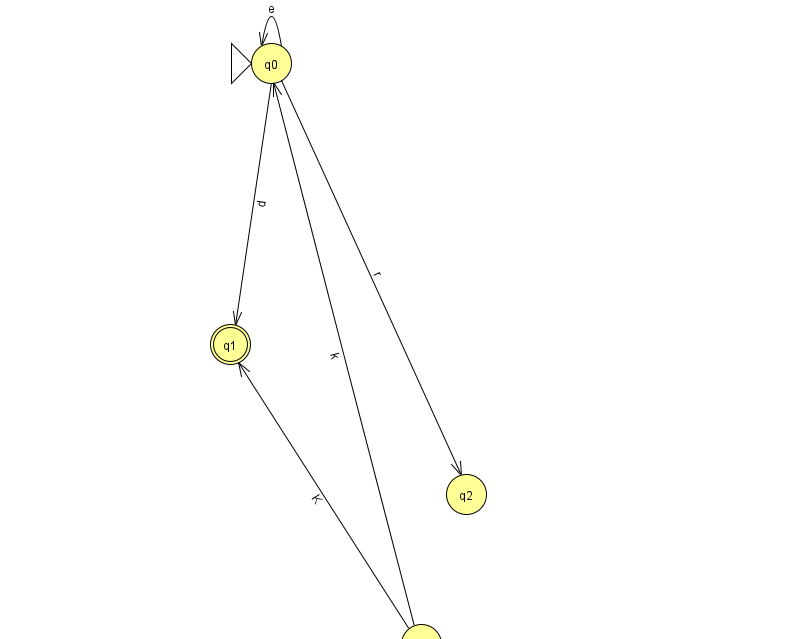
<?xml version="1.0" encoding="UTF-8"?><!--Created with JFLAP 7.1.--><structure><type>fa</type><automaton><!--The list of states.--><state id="0" name="q0"><x>271.0</x><y>50.0</y><initial/></state><state id="1" name="q1"><x>230.0</x><y>331.0</y><final/></state><state id="2" name="q2"><x>466.0</x><y>481.0</y></state><state id="3" name="q3"><x>421.0</x><y>631.0</y></state><!--The list of transitions.--><transition><from>0</from><to>2</to><read>r</read></transition><transition><from>3</from><to>0</to><read>k</read></transition><transition><from>0</from><to>0</to><read>e</read></transition><transition><from>0</from><to>1</to><read>d</read></transition><transition><from>3</from><to>1</to><read>K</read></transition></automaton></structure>